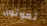
تموتون